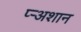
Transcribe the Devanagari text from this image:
प्र्‍अशान